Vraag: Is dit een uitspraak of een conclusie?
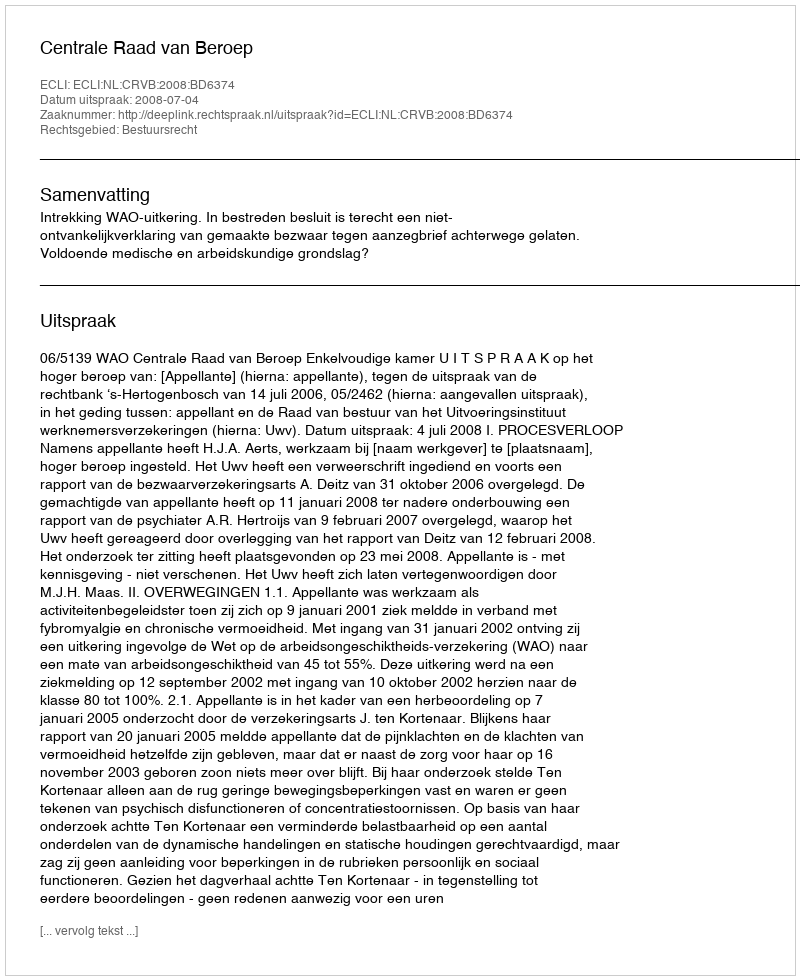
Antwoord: Uitspraak